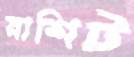
রাশিট